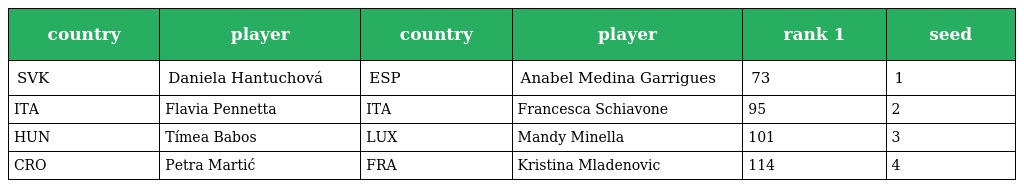
| country | player | country | player | rank 1 | seed |
 | --- | --- | --- | --- | --- | --- |
 | SVK | Daniela Hantuchová | ESP | Anabel Medina Garrigues | 73 | 1 |
 | ITA | Flavia Pennetta | ITA | Francesca Schiavone | 95 | 2 |
 | HUN | Tímea Babos | LUX | Mandy Minella | 101 | 3 |
 | CRO | Petra Martić | FRA | Kristina Mladenovic | 114 | 4 |